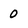
Character: 0